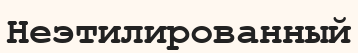
Неэтилированный